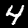
Digit: 4